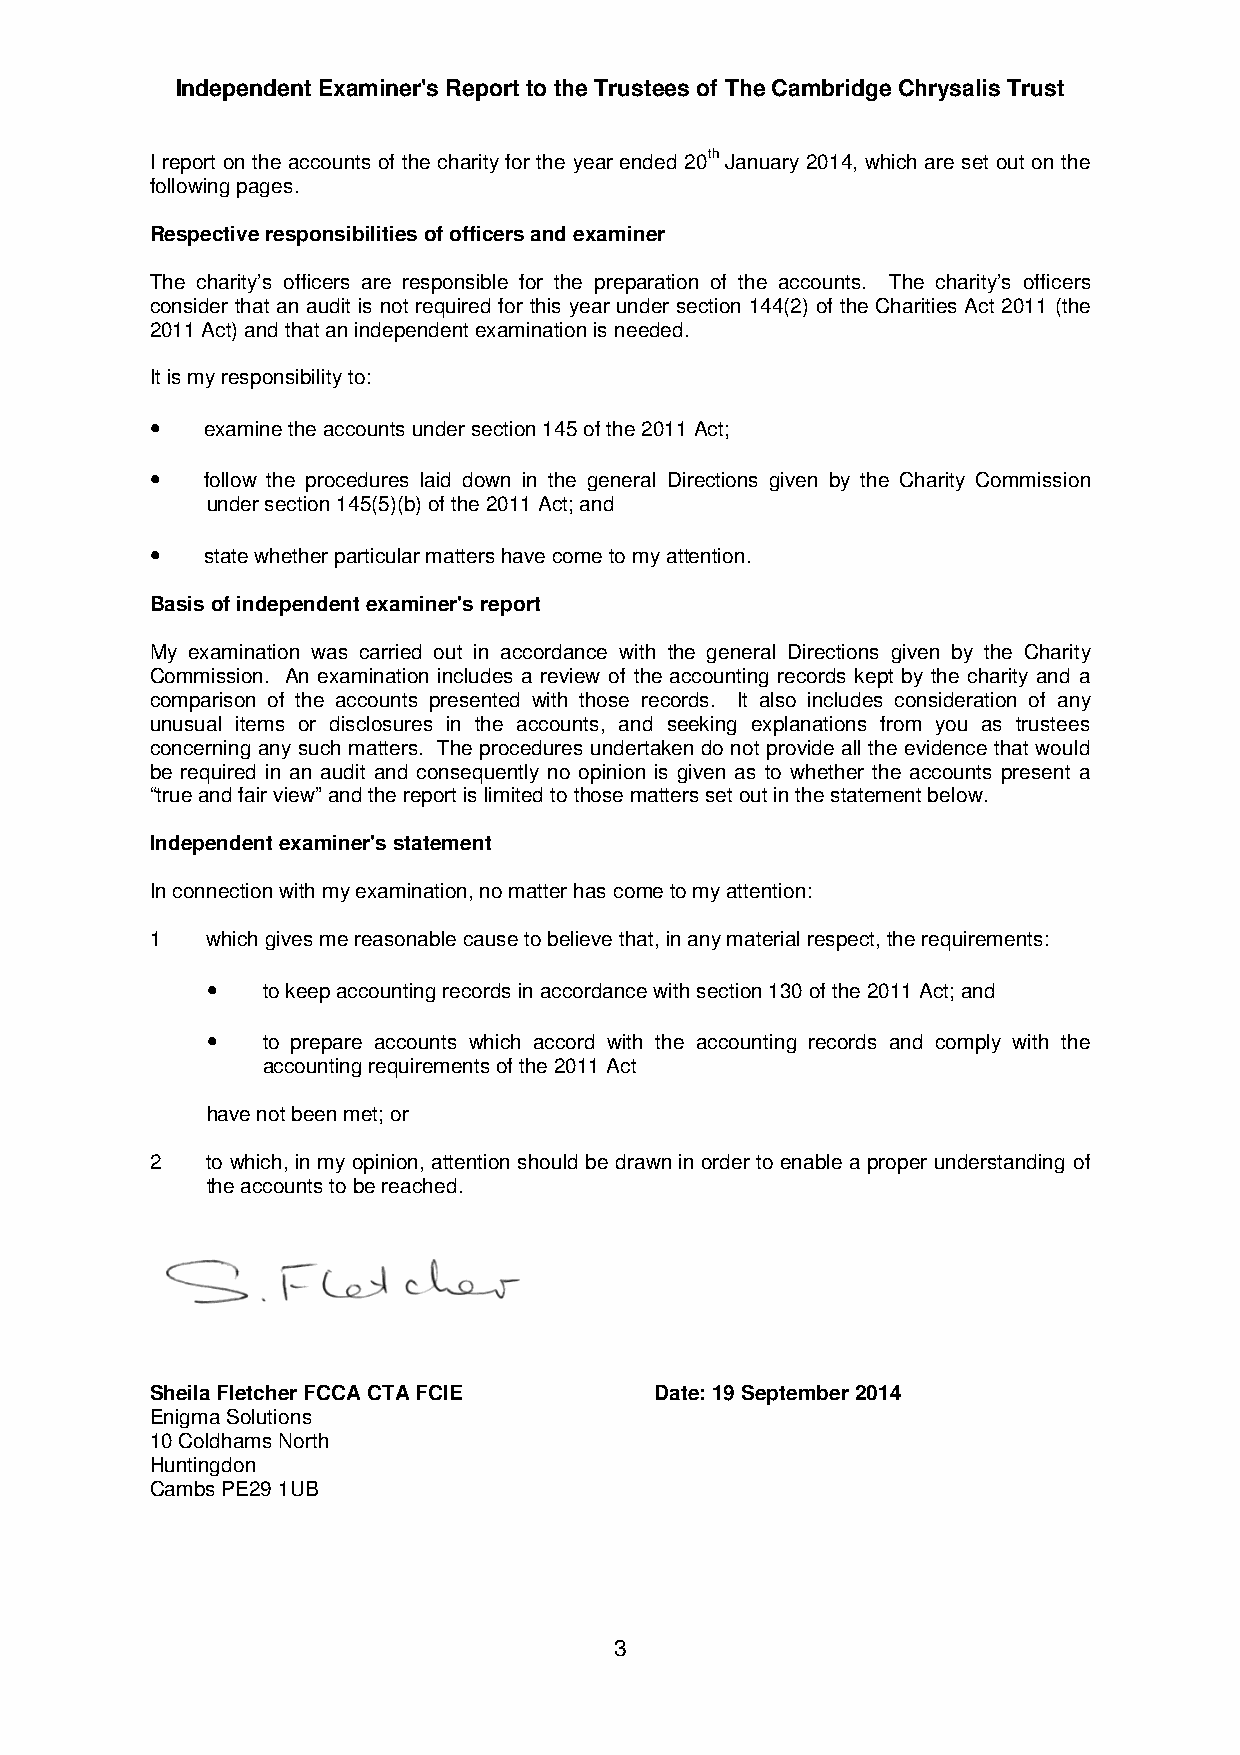
Independent Examiner's Report to the Trustees of The Cambridge Chrysalis Trust
 I report on the accounts of the charity for the year ended 20th January 2014, which are set out on the
 following pages.
 Respective responsibilities of officers and examiner
 The charity’s officers are responsible for the preparation of the accounts. The charity’s officers
 consider that an audit is not required for this year under section 144(2) of the Charities Act 2011 (the
 2011 Act) and that an independent examination is needed.
 It is my responsibility to:
 •
 examine the accounts under section 145 of the 2011 Act;
 •
 follow the procedures laid down in the general Directions given by the Charity Commission
 under section 145(5)(b) of the 2011 Act; and
 •
 state whether particular matters have come to my attention.
 Basis of independent examiner's report
 My examination was carried out in accordance with the general Directions given by the Charity
 Commission. An examination includes a review of the accounting records kept by the charity and a
 comparison of the accounts presented with those records. It also includes consideration of any
 unusual items or disclosures in the accounts, and seeking explanations from you as trustees
 concerning any such matters. The procedures undertaken do not provide all the evidence that would
 be required in an audit and consequently no opinion is given as to whether the accounts present a
 “true and fair view” and the report is limited to those matters set out in the statement below.
 Independent examiner's statement
 In connection with my examination, no matter has come to my attention:
 1   which gives me reasonable cause to believe that, in any material respect, the requirements:
 •
 to keep accounting records in accordance with section 130 of the 2011 Act; and
 •
 to prepare accounts which accord with the accounting records and comply with the
 accounting requirements of the 2011 Act
 have not been met; or
 2   to which, in my opinion, attention should be drawn in order to enable a proper understanding of
 the accounts to be reached.
 Sheila Fletcher FCCA CTA FCIE    Date: 19 September 2014
 Enigma Solutions
 10 Coldhams North
 Huntingdon
 Cambs PE29 1UB
 3